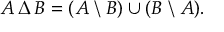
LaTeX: A \, \Delta \, B = ( A \setminus B ) \cup ( B \setminus A ) .